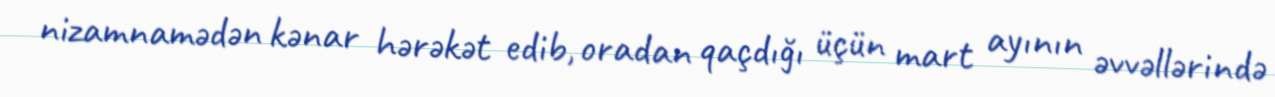
nizamnamədən kənar hərəkət edib, oradan qaçdığı üçün mart ayının əvvəllərində